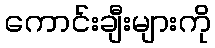
ကောင်းချီးများကို